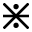
\divideontimes